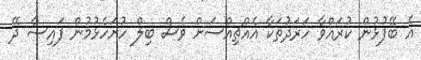
އެ ބޭފުޅުން ކުރައްވާ ހަރަދުތަކާ އެއްޗިއްސަށް ވެސް ބިލް ހުށަހެޅުމުން ފައިސާ ދޭ